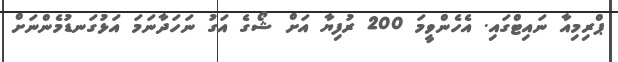
ޕްރިމިއާ ނައިޓްގައި. އެހެންވީމަ 200 ރުފިޔާ އަށް ޝޯގެ އަގު ނަހަދާނަމަ އަޅުގަނޑުމެންނަށް